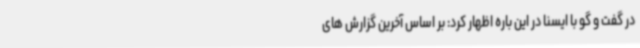
در گفت و گو با ایسنا در این باره اظهار کرد: بر اساس آخرین گزارش های